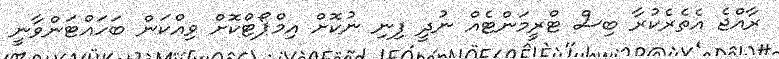
ރާއްޖެ އެތެރެކުރާ ބިސް ޓްރީމަންޓެއް ނުދީ ފިނި ނުކޮށް އިމްޕޯޓްކޮށް ވިއްކަން ބަހައްޓަންވާނީ